Report of the Municipal Commissioner on the plague in Bombay for the year ending 31st May... - Volume 1
Disease focus: Plague
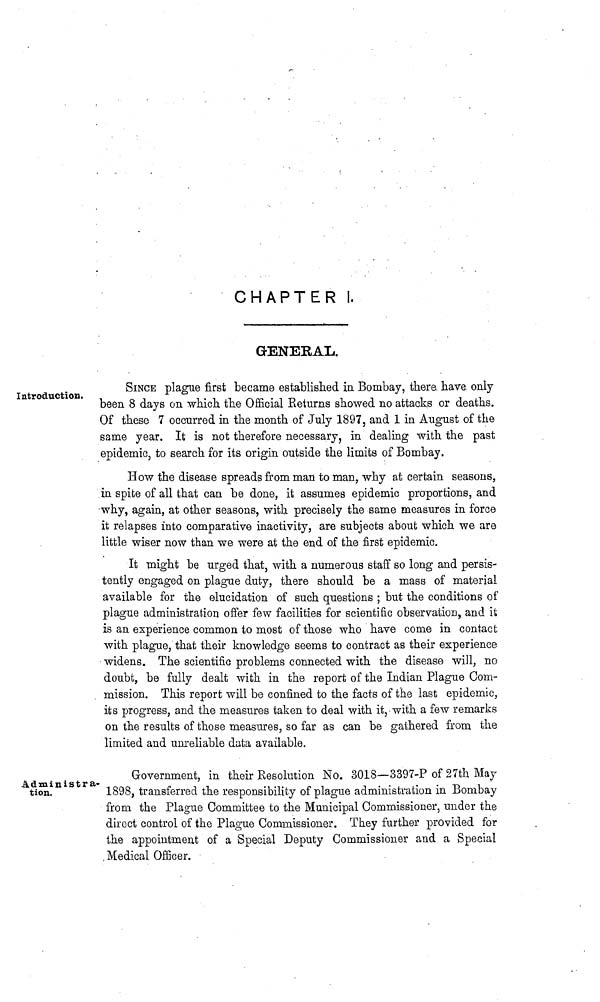
CHAPTER I.
GENERAL.
Introduction,
SINCE plague first became establislied in Bombay, there have only
been 8 days on which the Official Returns showed no attacks or deaths.
Of these 7 occurred in the month of July 1897, and 1 in August of the
same year. It is not therefore necessary, in dealing with the past
epidemic, to search for its origin outside the limits of Bombay.
How the disease spreads from man to man, why at certain seasons,
in spite of all that can be done, it assumes epidemic proportions, and
why, again, at other seasons, with precisely the same measures in force
it relapses into comparative inactivity, are subjects about which we are
little wiser now than we were at the end of the first epidemic.
It might be urged that, with a numerous staff so long and persis-
tently engaged on plague duty, there should be a mass of material
available for the elucidation of such questions ; but the conditions of
plague administration offer few facilities for scientific observation, and it
is an experience common to most of those who have come in contact
with plague, that their knowledge seems to contract as their experience
widens. The scientific problems connected with the disease will, no
doubt, be fully dealt with in the report of the Indian Plague Com-
mission. This report will be confined to the facts of the last epidemic,
its progress, and the measures taken to deal with it,-with a few remarks
on the results of those measures, so far as can be gathered from the
limited and unreliable data available.
Administra-
tion,
Government, in their Resolution No. 3018—3397-P of 27th May
1898, transferred the responsibility of plague administration in Bombay
from the Plague Committee to the Municipal Commissioner, under the
direct control of the Plague Commissioner. They further provided for
the appointment of a Special Deputy Commissioner and a Special
Medical Officer.